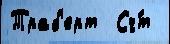
Траб'ерт  Сч́т